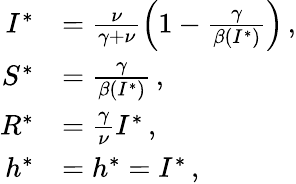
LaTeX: \begin{array}{rl}{I^{*}}&{=\frac{\nu}{\gamma+\nu}\left(1-\frac{\gamma}{\beta(I^{*})}\right)\, ,}\\ {S^{*}}&{=\frac{\gamma}{\beta(I^{*})}\, ,}\\ {R^{*}}&{=\frac{\gamma}{\nu}I^{*}\, ,}\\ {h^{*}}&{=h^{*}=I^{*}\, ,}\end{array}